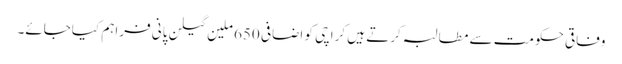
وفاقی حکومت سے مطالبہ کرتے ہیں کراچی کو اضافی 650 ملین گیلن پانی فراہم کیاجائے۔